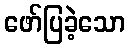
ဖော်ပြခဲ့သော